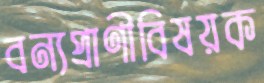
বন্যপ্রাণীবিষয়ক